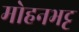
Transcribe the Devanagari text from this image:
मोहनभट्ट